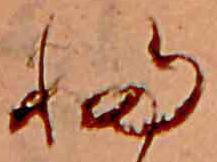
ふ